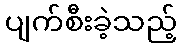
ပျက်စီးခဲ့သည့်